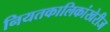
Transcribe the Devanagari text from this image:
नियतकालिकांखेरीज